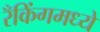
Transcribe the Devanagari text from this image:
रँकिंगमध्ये